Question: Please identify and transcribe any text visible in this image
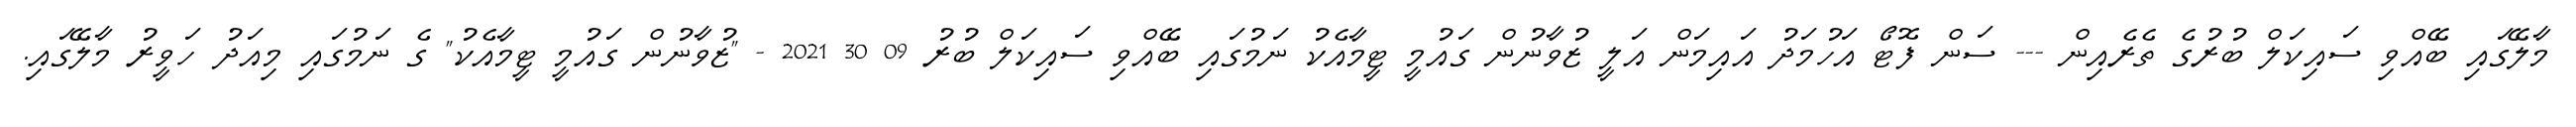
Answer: މާލޭގައި ބޭއްވި ސައިކަލް ބުރުގެ ތެރެއިން --- ސަން ފޮޓޯ އަހުމަދު އައިމަން އަލީ ޒުވާނުން ގައުމީ ޓީމާއެކު ނަމުގައި ބޭއްވި ސައިކަލް ބުރު 09 30 2021 - "ޒުވާނުން ގައުމީ ޓީމާއެކު" ގެ ނަމުގައި މިއަދު ހަވީރު މާލޭގައި.